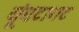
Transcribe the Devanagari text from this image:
यूंगटागट